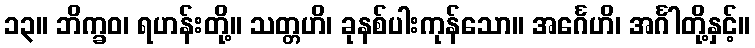
၁၃။ ဘိက္ခဝ၊ ရဟန်းတို့။ သတ္တဟိ၊ ခုနစ်ပါးကုန်သော။ အင်္ဂေဟိ၊ အင်္ဂါတို့နှင့်။